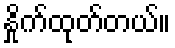
နှိုက်ထုတ်တယ်။